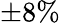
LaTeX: \pm 8\%